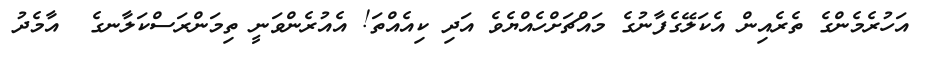
އަހުރެމެންގެ ތެރެއިން އެކަލޭގެފާނުގެ މައްޗަށްހެއްޔެވެ އަދި ކިއެއްތަ! އެއުރެންވަނީ ތިމަންރަސްކަލާނގެ  އާމެދު